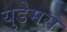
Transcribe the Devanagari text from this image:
युडेमस